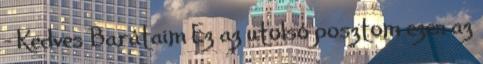
- Kedves Barátaim Ez az utolsó posztom ezen az